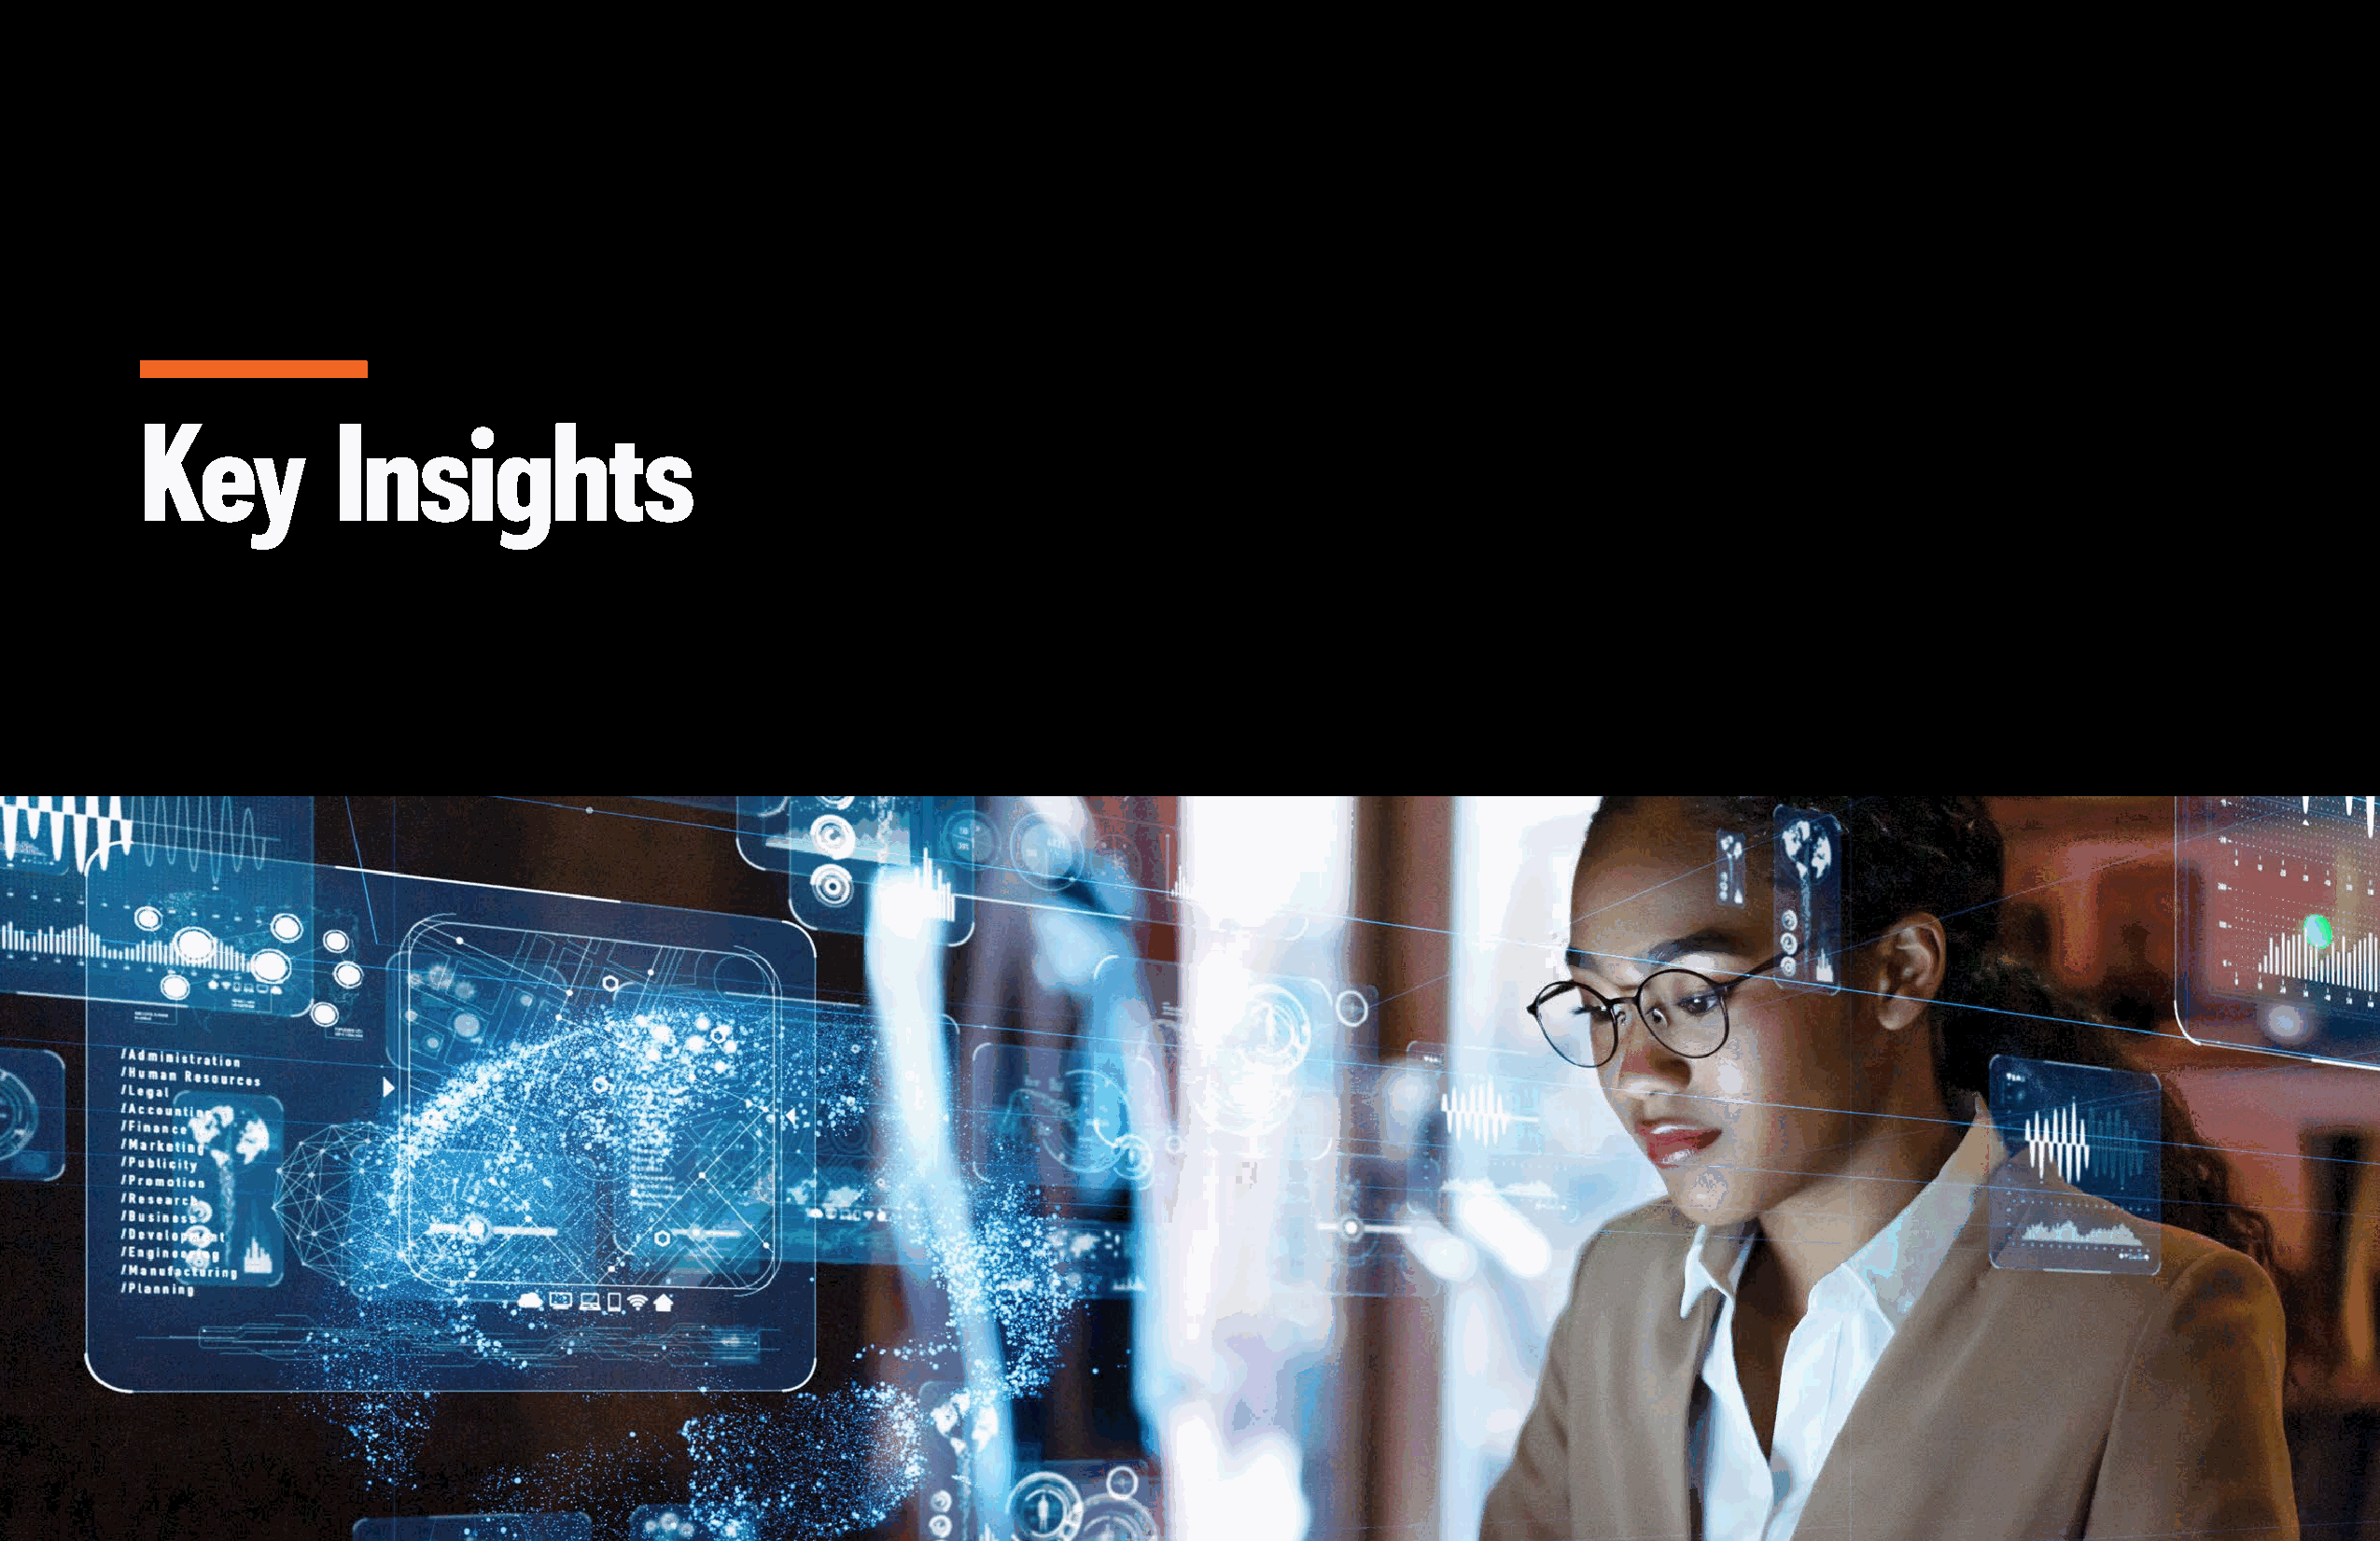
4 | AI In Focus: The Healthcare Technology Roadmap                                                                                               Introduction | 5
 Key           Insights
 © 2021 PYMNTS.com All Rights Reserved